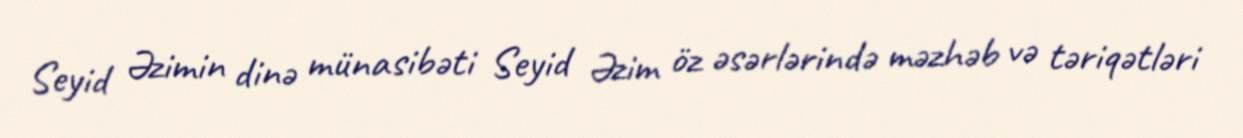
Seyid Əzimin dinə münasibəti Seyid Əzim öz əsərlərində məzhəb və təriqətləri